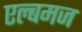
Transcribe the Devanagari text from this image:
एल्बमज